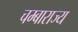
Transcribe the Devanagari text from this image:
चम्बाराज्य